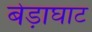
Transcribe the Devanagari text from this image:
बेड़ाघाट